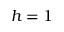
h = 1